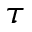
\tau